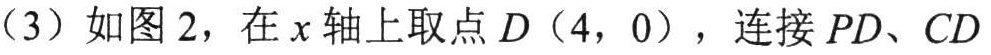
(3) 如图2，在$x$轴上取点$D(4,0)$，连接$PD$、$CD$